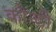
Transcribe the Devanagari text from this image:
कौन्टी